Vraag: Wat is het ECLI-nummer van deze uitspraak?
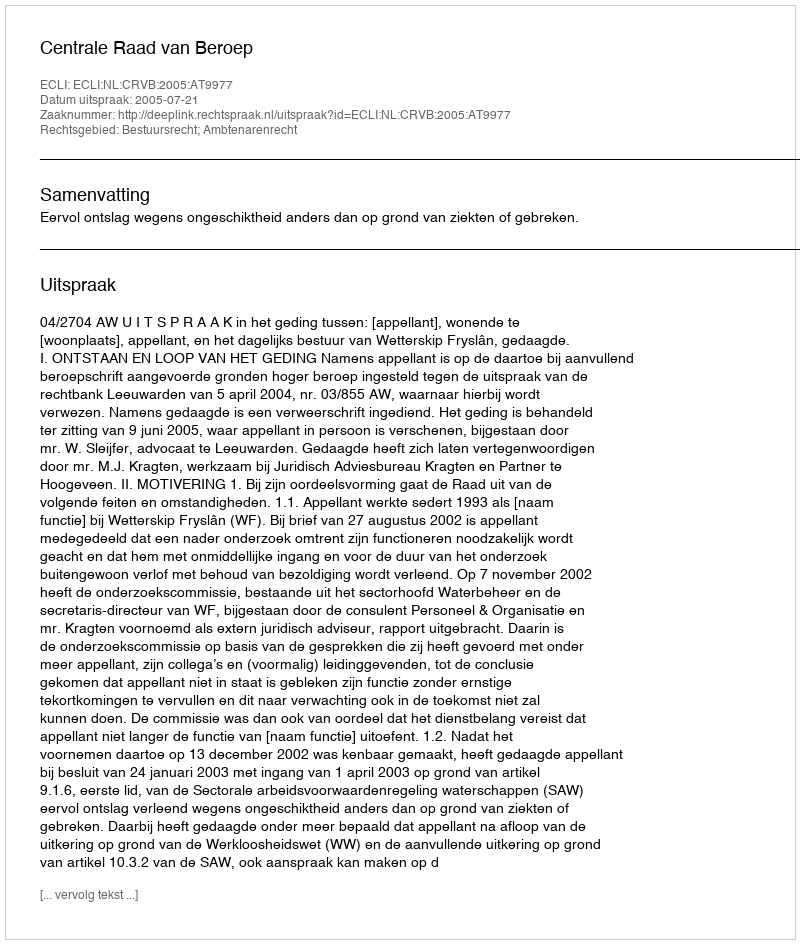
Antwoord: ECLI:NL:CRVB:2005:AT9977